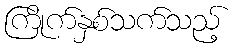
ကြိုက်နှစ်သက်သည့်